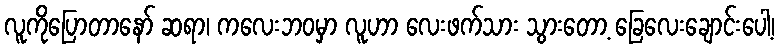
လူကိုပြောတာနော် ဆရာ၊ ကလေးဘဝမှာ လူဟာ လေးဖက်သား သွားတော့ ခြေလေးချောင်းပေါ့၊